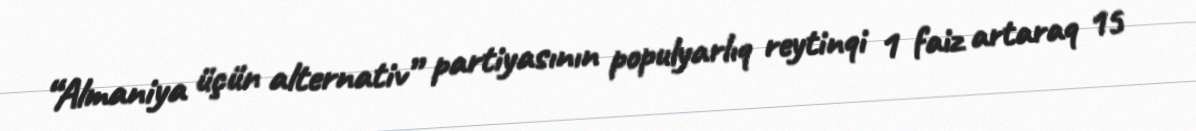
“Almaniya üçün alternativ” partiyasının populyarlıq reytinqi 1 faiz artaraq 15